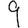
Digit: 9